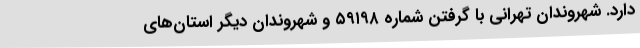
دارد. شهروندان تهرانی با گرفتن شماره ۵۹۱۹۸ و شهروندان دیگر استان‌های